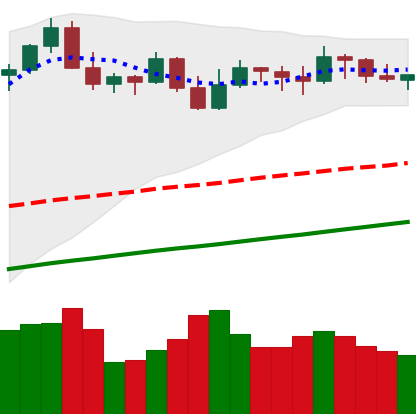
Ticker: BTC-USD
Chart end date: 2021-11-06
Forward return: 5.5625%
Label: up_5_7